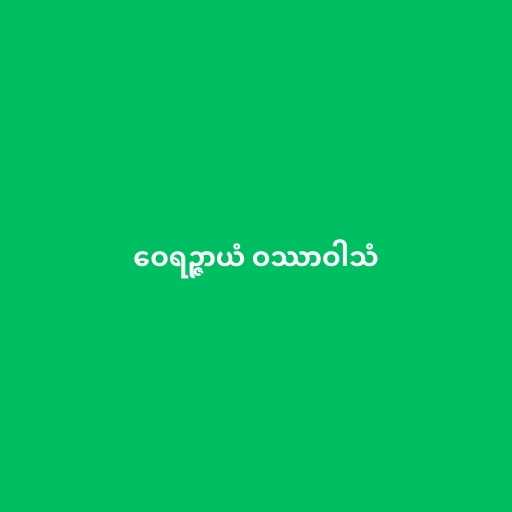
ဝေရဉ္ဇာယံ ဝဿာဝါသံ